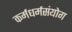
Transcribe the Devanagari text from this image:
कर्मधर्मसंयोग